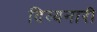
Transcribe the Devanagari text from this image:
दिव्यनारी